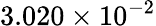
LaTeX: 3.020\times 10^{-2}